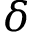
\delta